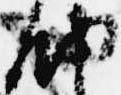
納